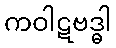
ကဝါဋဗဒ္ဓါ